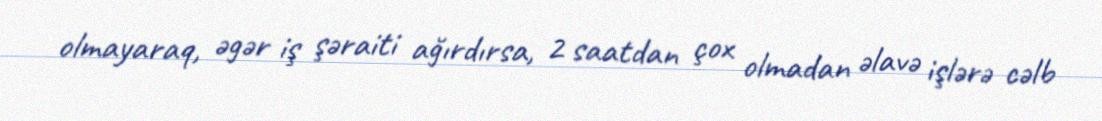
olmayaraq, əgər iş şəraiti ağırdırsa, 2 saatdan çox olmadan əlavə işlərə cəlb